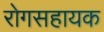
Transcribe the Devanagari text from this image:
रोगसहायक